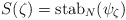
\begin{align*}S(\zeta) = \mathrm{stab}_N(\psi_\zeta)\end{align*}